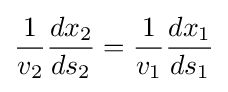
{\frac {1}{v_{2}}}{\frac {dx_{2}}{ds_{2}}}={\frac {1}{v_{1}}}{\frac {dx_{1}}{ds_{1}}}